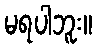
မရပါဘူး။